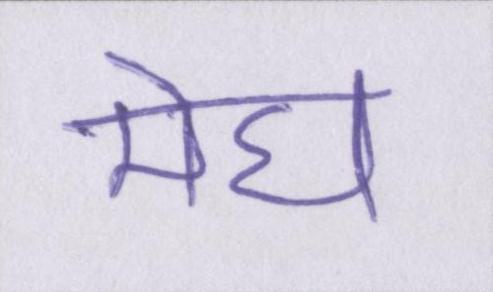
मेघ